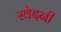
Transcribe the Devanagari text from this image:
स्वेदनी